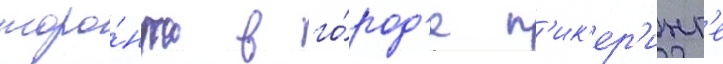
торо́нто в го́род'е п'ик'ер'инг'е